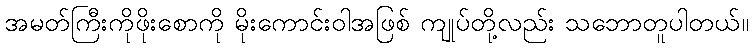
အမတ်ကြီးကိုဖိုးစောကို မိုးကောင်းဝါအဖြစ် ကျုပ်တို့လည်း သဘောတူပါတယ်။